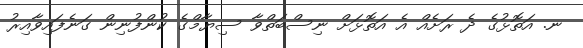
ނ. އަތޮޅުގެ ދެ ރަށެއް އެ އަތޮޅަށް ނިސްބަތްވާ ސިޔާމްގެ ކުންފުނިން ގަނެފައިވާއިރު